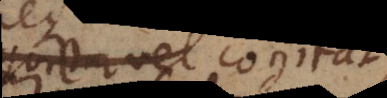
vel cogitat.